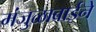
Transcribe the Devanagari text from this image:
मंजुळाबाईने